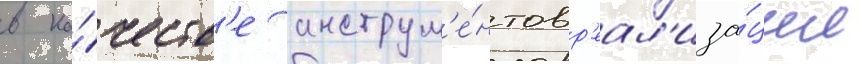
в ка́честв'е инструм'е́нтов р'еал'иза́ции